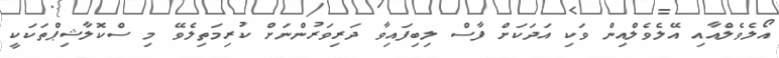
އޯލެވެލްއާއި އޭލެވެލްއިން ވަކި އަދަކަށް ފާސް ލިބިފައިވާ ދަރިވަރުންނަށް ކުރިމަތިލެވޭ މި ސްކޮލާޝިޕްތަކަކީ